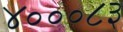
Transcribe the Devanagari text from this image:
४०००८३